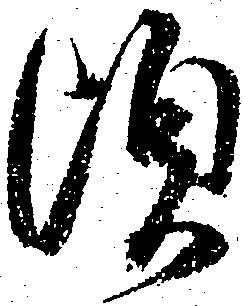
頃